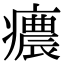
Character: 癑